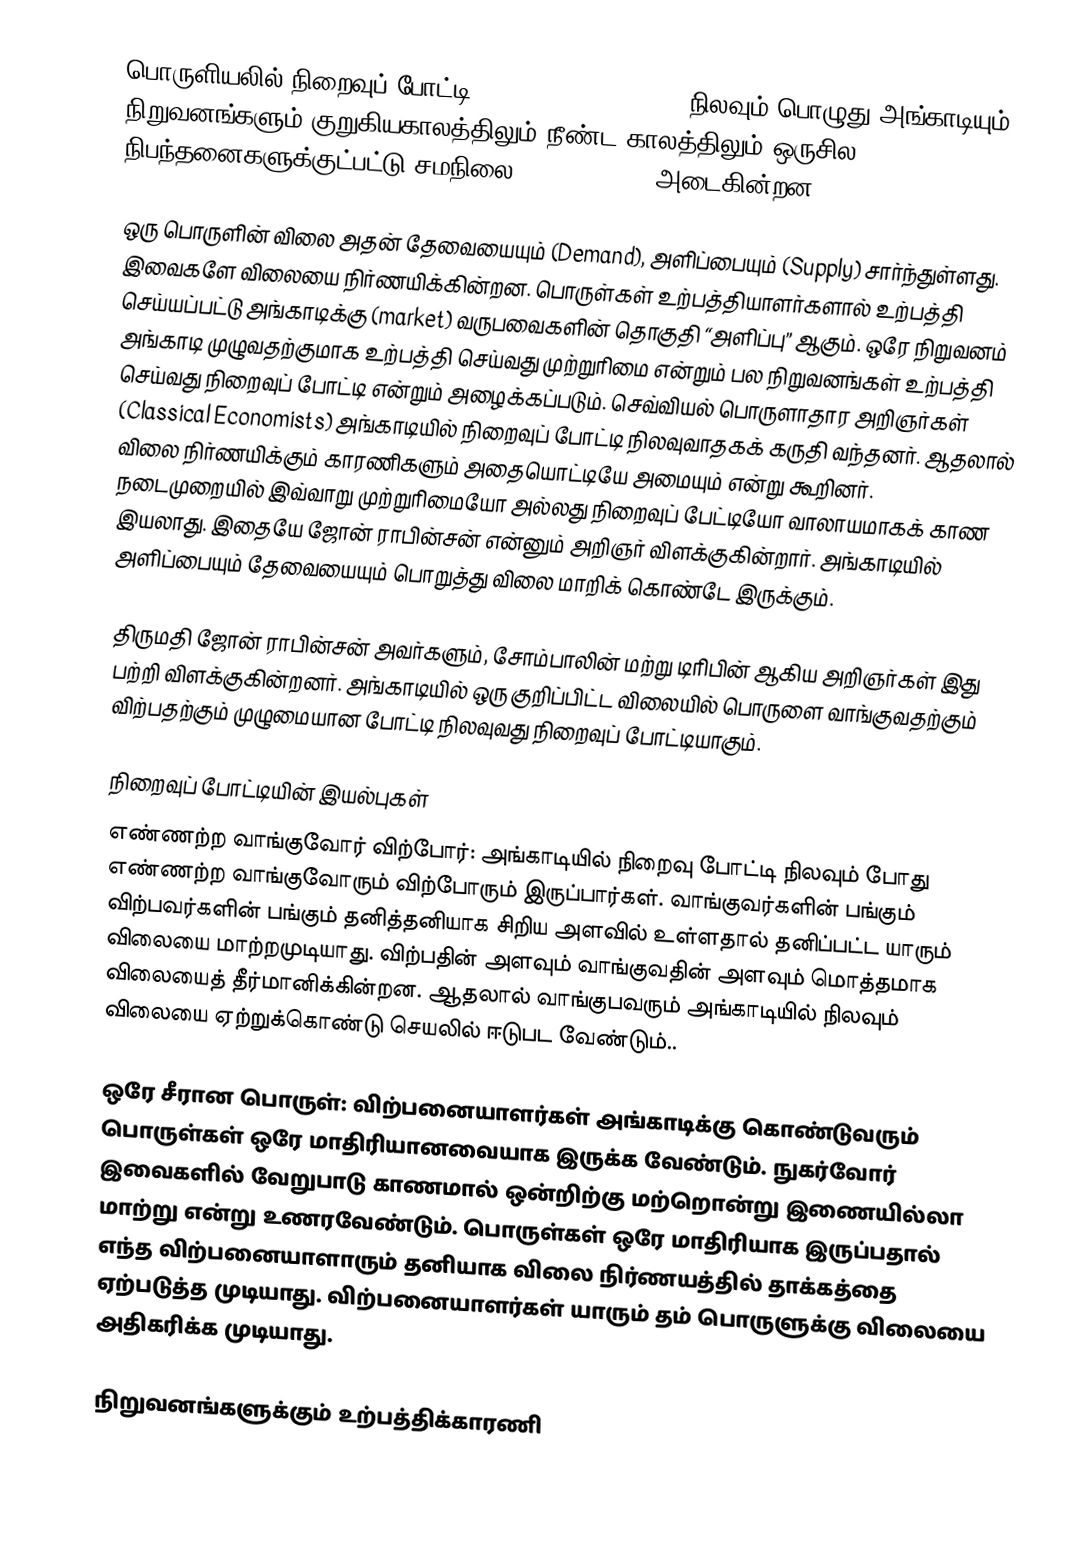
பொருளியலில் நிறைவுப் போட்டி (Perfect Competition) நிலவும் பொழுது அங்காடியும், நிறுவனங்களும் குறுகியகாலத்திலும் நீண்ட காலத்திலும் ஒருசில நிபந்தனைகளுக்குட்பட்டு சமநிலை (Equilibrium) அடைகின்றன

ஒரு பொருளின் விலை அதன் தேவையையும் (Demand), அளிப்பையும் (Supply) சார்ந்துள்ளது. இவைகளே விலையை  நிர்ணயிக்கின்றன. பொருள்கள் உற்பத்தியாளர்களால் உற்பத்தி செய்யப்பட்டு அங்காடிக்கு (market) வருபவைகளின் தொகுதி “அளிப்பு” ஆகும். ஒரே நிறுவனம் அங்காடி முழுவதற்குமாக   உற்பத்தி செய்வது முற்றுரிமை என்றும் பல நிறுவனங்கள் உற்பத்தி செய்வது நிறைவுப் போட்டி என்றும் அழைக்கப்படும். செவ்வியல் பொருளாதார அறிஞர்கள் (Classical Economists) அங்காடியில் நிறைவுப் போட்டி நிலவுவாதகக் கருதி வந்தனர். ஆதலால் விலை நிர்ணயிக்கும் காரணிகளும் அதையொட்டியே அமையும் என்று கூறினர். நடைமுறையில் இவ்வாறு முற்றுரிமையோ அல்லது நிறைவுப் பேட்டியோ வாலாயமாகக் காண இயலாது. இதையே ஜோன் ராபின்சன் என்னும் அறிஞர் விளக்குகின்றார். அங்காடியில் அளிப்பையும் தேவையையும் பொறுத்து விலை மாறிக் கொண்டே இருக்கும்.

திருமதி ஜோன் ராபின்சன் அவர்களும், சோம்பாலின் மற்று டிரிபின் ஆகிய அறிஞர்கள் இது பற்றி விளக்குகின்றனர். அங்காடியில் ஒரு குறிப்பிட்ட விலையில் பொருளை வாங்குவதற்கும் விற்பதற்கும் முழுமையான போட்டி நிலவுவது  நிறைவுப் போட்டியாகும்.

நிறைவுப் போட்டியின் இயல்புகள்
 எண்ணற்ற வாங்குவோர் விற்போர்: அங்காடியில் நிறைவு போட்டி நிலவும் போது எண்ணற்ற வாங்குவோரும் விற்போரும் இருப்பார்கள். வாங்குவர்களின் பங்கும் விற்பவர்களின் பங்கும் தனித்தனியாக சிறிய அளவில் உள்ளதால் தனிப்பட்ட யாரும் விலையை மாற்றமுடியாது. விற்பதின் அளவும் வாங்குவதின் அளவும் மொத்தமாக விலையைத் தீர்மானிக்கின்றன. ஆதலால் வாங்குபவரும் அங்காடியில் நிலவும் விலையை ஏற்றுக்கொண்டு செயலில் ஈடுபட வேண்டும்..

ஒரே சீரான  பொருள்: விற்பனையாளர்கள் அங்காடிக்கு கொண்டுவரும் பொருள்கள் ஒரே மாதிரியானவையாக இருக்க வேண்டும். நுகர்வோர் இவைகளில் வேறுபாடு காணமால் ஒன்றிற்கு மற்றொன்று இணையில்லா மாற்று என்று உணரவேண்டும். பொருள்கள் ஒரே மாதிரியாக இருப்பதால் எந்த விற்பனையாளாரும் தனியாக விலை நிர்ணயத்தில் தாக்கத்தை ஏற்படுத்த முடியாது. விற்பனையாளர்கள் யாரும் தம் பொருளுக்கு விலையை அதிகரிக்க முடியாது.

நிறுவனங்களுக்கும் உற்பத்திக்காரணி